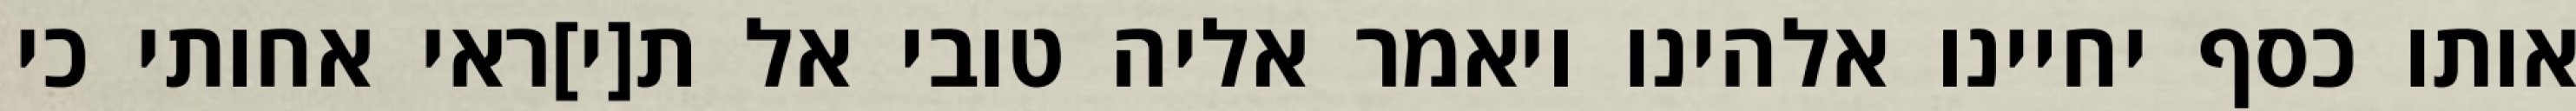
אותו כסף יחיינו אלהינו ויאמר אליה טובי אל ת[י]ראי אחותי כי